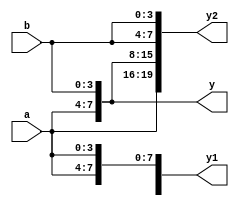
module concate(
input [3:0]a,b,
output [7:0]y,
output [15:0]y1,
output [19:0]y2);
 assign y={a,b};
assign y1={4{a}};
assign y2={{2{a}},{3{b}}};
endmodule